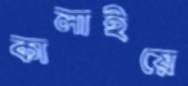
কালাইয়ে